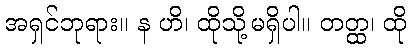
အရှင်ဘုရား။ န ဟိ၊ ထိုသို့မရှိပါ။ တတ္ထ၊ ထို